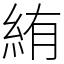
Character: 絠